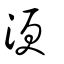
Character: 浭